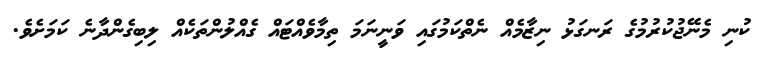
ކުނި މެނޭޖުކުރުމުގެ ރަނގަޅު ނިޒާމެއް ނެތްކަމުގައި ވަނީނަމަ ތިމާވެއްްޓައް ގެއްލުންތަކެއް ލިބިގެންދާނެ ކަމަށެވެ.